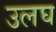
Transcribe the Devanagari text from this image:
उलघ